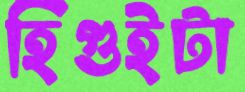
হিগুইটা